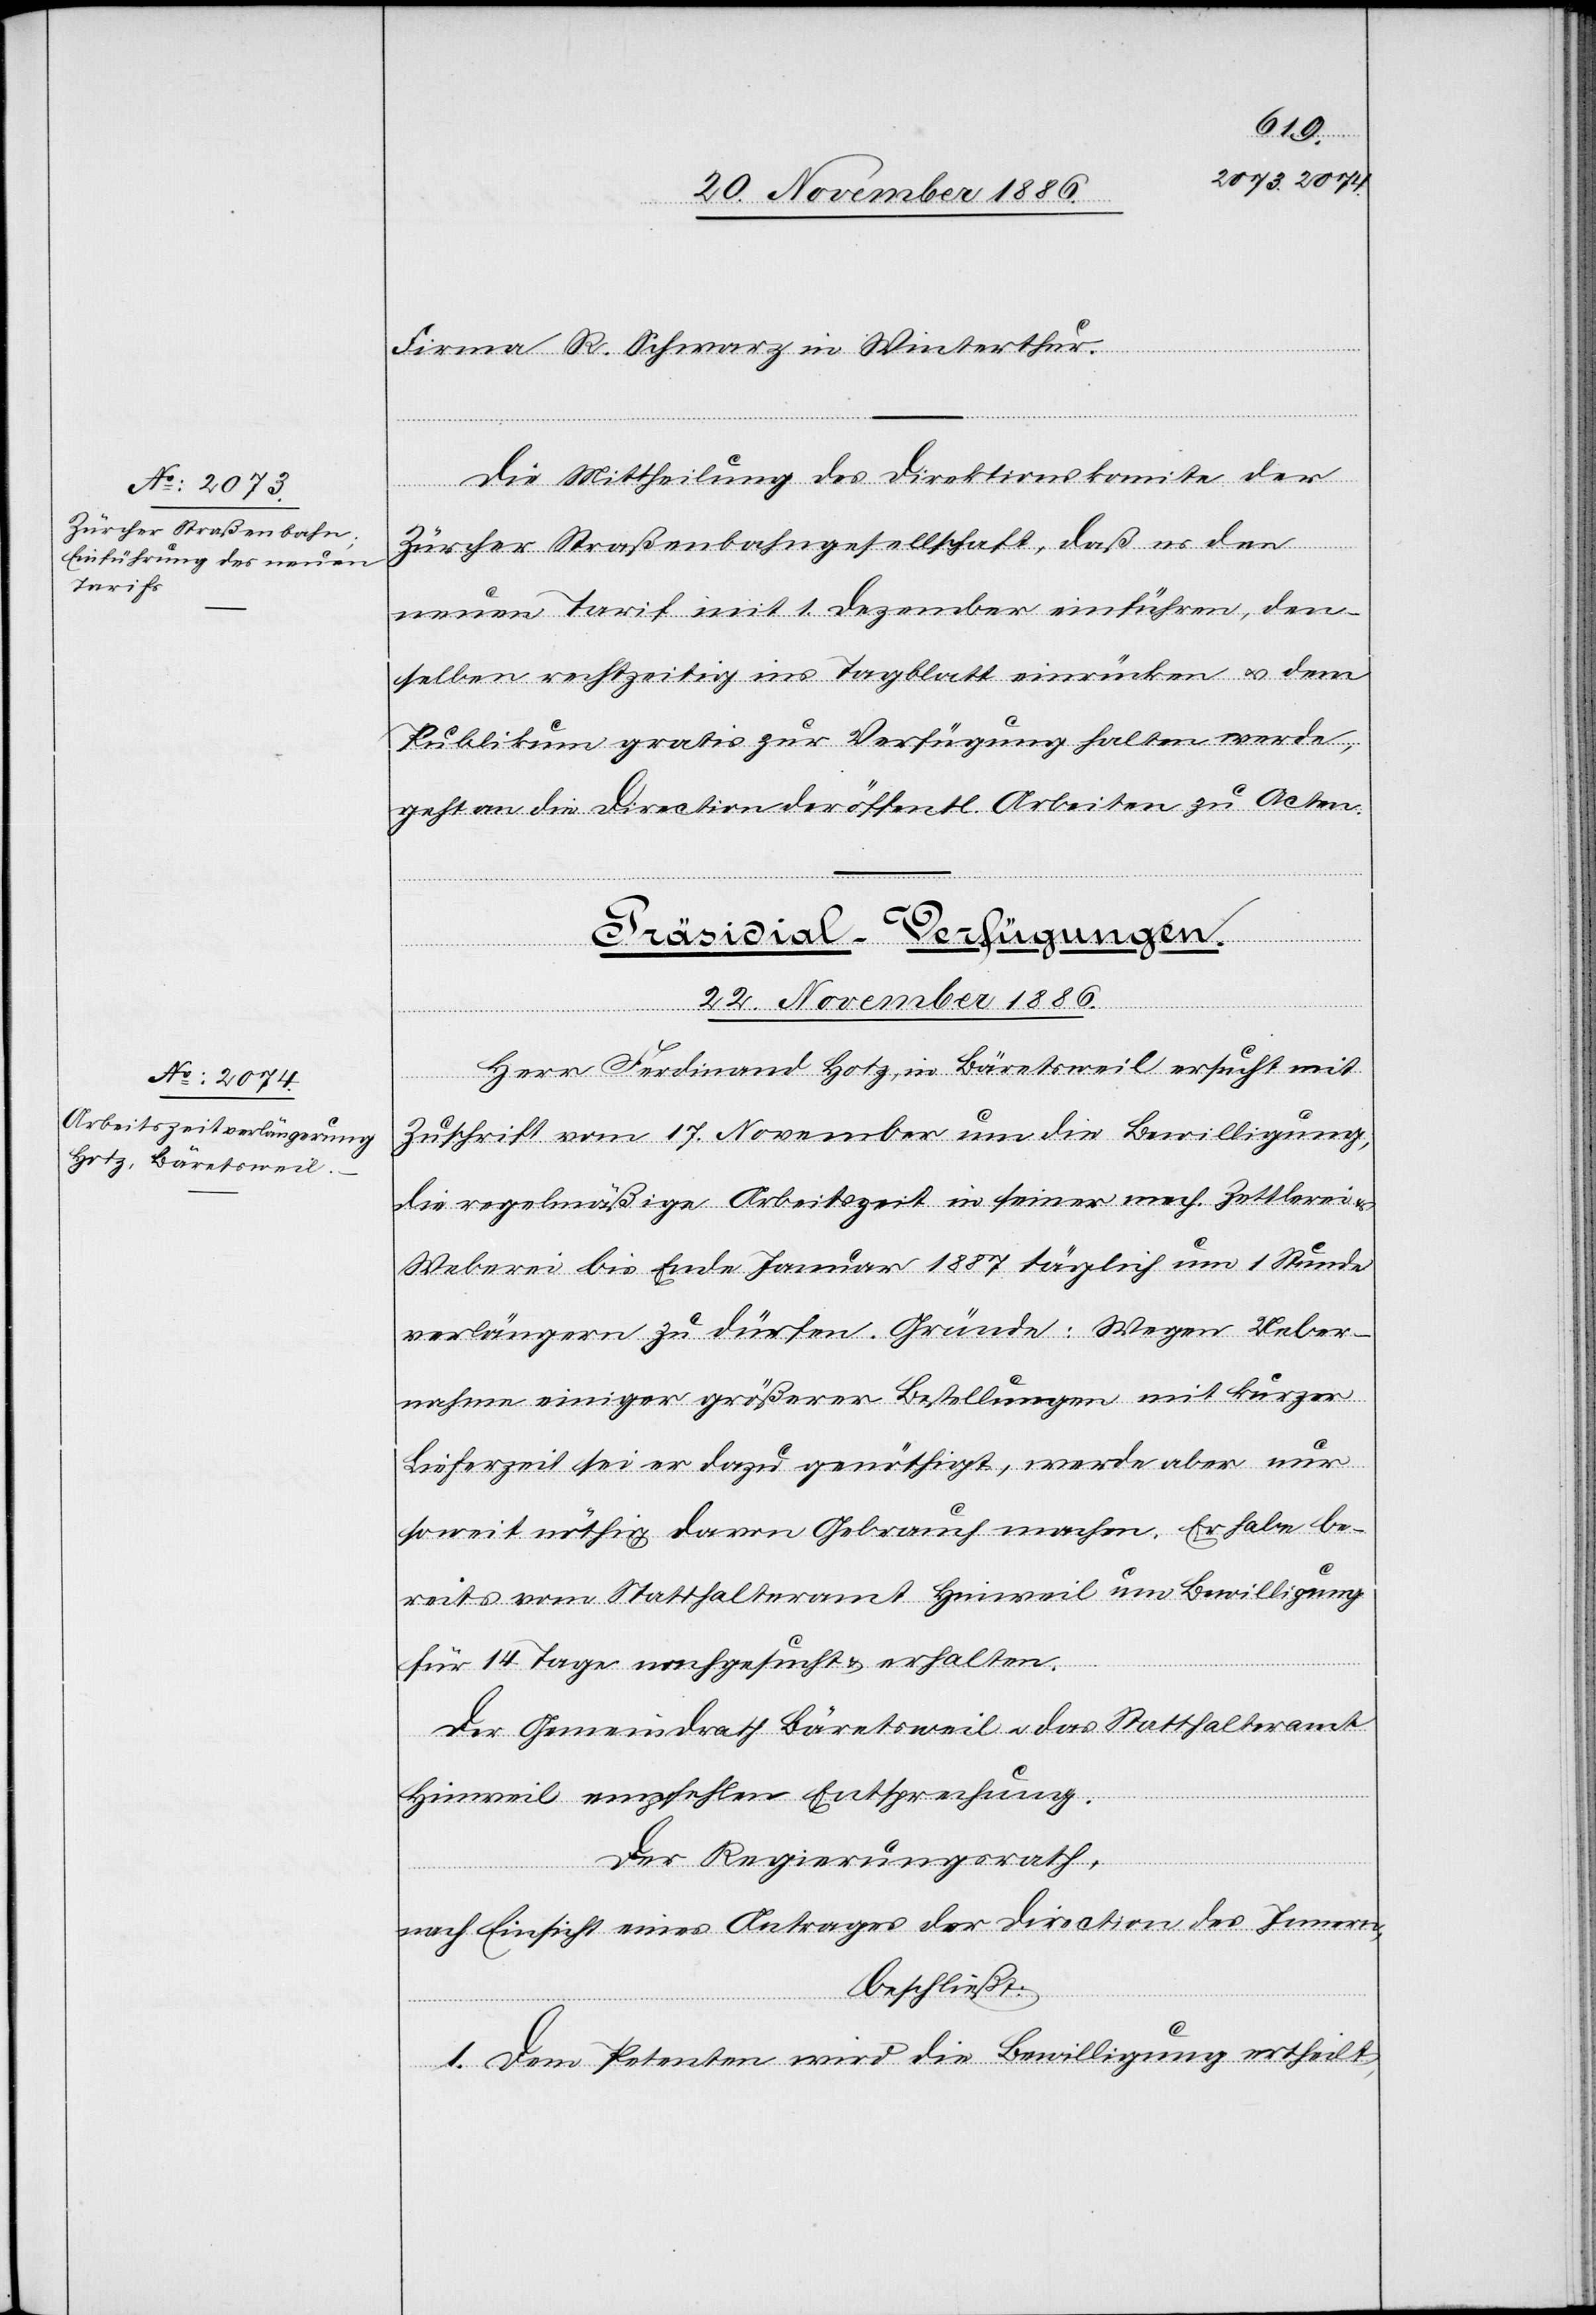
Firma R. Schwarz in Winterthur.
Die Mittheilung des Direktionskomites der
Zürcher Straßenbahngesellschaft, daß es den
neuen Tarif mit 1. Dezember einführen, den¬
selben rechtzeitig ins Tagblatt einrücken & dem
Publikum gratis zur Verfügung halten werde,
geht an die Direction der öffentl. Arbeiten zu Acten.
Präsidial-Verfügung.
22. November 1886.
Herr Ferdinand Hotz, in Bäretsweil ersucht mit
Zuschrift vom 17. November um die Bewilligung,
die regelmäßige Arbeitszeit in seiner mech. Zettlerei
Weberei bis Ende Januar 1887 täglich um 1 Stunde
verlängern zu dürfen. Gründe: Wegen Ueber¬
nahme einiger größerer Bestellungen mit kurzer
Lieferzeit sei er dazu genöthigt, werde aber nur
soweit nöthig davon Gebrauch machen. Er habe be¬
reits vom Statthalteramt Hinweil um Bewilligung
für 14 Tage nachgesucht & erhalten.
Der Gemeindrath Bäretsweil & das Statthalteramt
Hinweil empfehlen Entsprechung.
Der Regierungsrath,
nach Einsicht eines Antrages der Direction des Innern,
beschließt:
1. Dem Petenten wird die Bewilligung ertheilt,